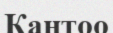
Кантоо